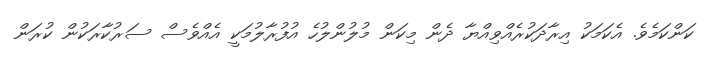
ކަންކަމެވެ. އެކަމަކު އިރާދަކުރެއްވިއްޔާ ދެން މިކަން މުލުންލުހެ އުފުރާލުމަކީ އެއްވެސް ސަރުކާރަކުން ކުރަން